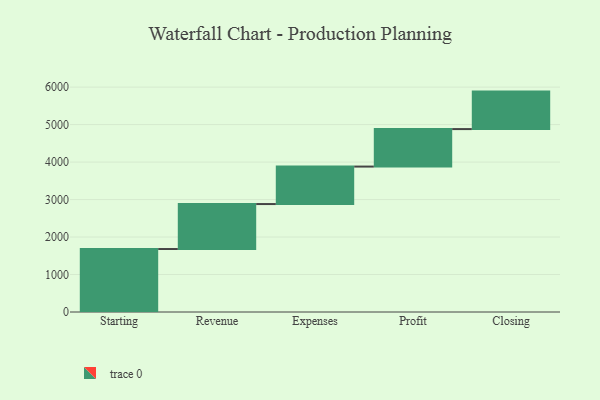
{"axis": {"x": "Step", "y": "Value"}, "legend": [""], "data": [{"x": "Starting", "y": 1680.0, "type": ""}, {"x": "Revenue", "y": 1200.0, "type": ""}, {"x": "Expenses", "y": 1000, "type": ""}, {"x": "Profit", "y": 1000, "type": ""}, {"x": "Closing", "y": 1000, "type": ""}]}